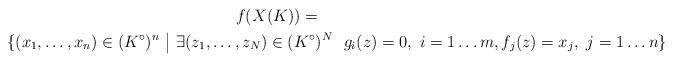
LaTeX: \begin{gather*}f(X(K)) = \\\{ (x_1, \ldots , x_n ) \in (K^\circ)^n \ \big| \ \exists (z_1, \ldots , z_N) \in (K^\circ)^N \ \ g_i(z)=0, \ i=1\ldots m, f_j(z)=x_j, \ j=1 \ldots n \}\end{gather*}